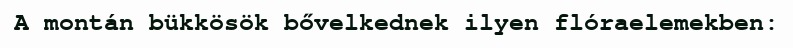
A montán bükkösök bővelkednek ilyen flóraelemekben: